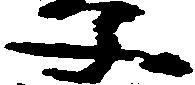
文